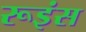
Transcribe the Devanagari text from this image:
रूइंस